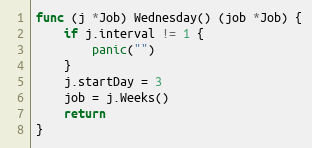
Language: Go
func (j *Job) Wednesday() (job *Job) {
	if j.interval != 1 {
		panic("")
	}
	j.startDay = 3
	job = j.Weeks()
	return
}